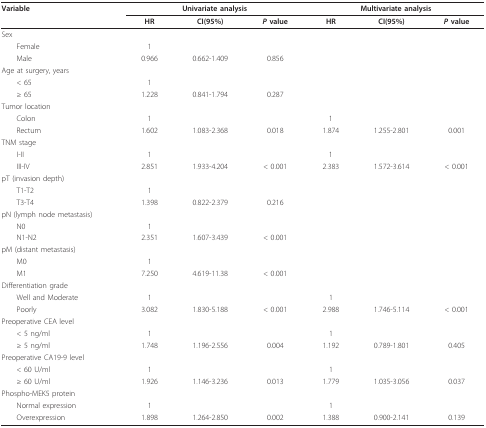
<table><thead><tr><td><b>Variable</b></td><td colspan="3"><b>Univariate analysis</b></td><td colspan="3"><b>Multivariate analysis</b></td></tr><tr><td></td><td><b>HR</b></td><td><b>CI(95%)</b></td><td><b><i>P </i>value</b></td><td><b>HR</b></td><td><b>CI(95%)</b></td><td><b><i>P </i>value</b></td></tr></thead><tbody><tr><td>Sex</td><td></td><td></td><td></td><td></td><td></td><td></td></tr><tr><td> Female</td><td>1</td><td></td><td></td><td></td><td></td><td></td></tr><tr><td> Male</td><td>0.966</td><td>0.662-1.409</td><td>0.856</td><td></td><td></td><td></td></tr><tr><td>Age at surgery, years</td><td></td><td></td><td></td><td></td><td></td><td></td></tr><tr><td> &lt; 65</td><td>1</td><td></td><td></td><td></td><td></td><td></td></tr><tr><td> ≥ 65</td><td>1.228</td><td>0.841-1.794</td><td>0.287</td><td></td><td></td><td></td></tr><tr><td>Tumor location</td><td></td><td></td><td></td><td></td><td></td><td></td></tr><tr><td> Colon</td><td>1</td><td></td><td></td><td>1</td><td></td><td></td></tr><tr><td> Rectum</td><td>1.602</td><td>1.083-2.368</td><td>0.018</td><td>1.874</td><td>1.255-2.801</td><td>0.001</td></tr><tr><td>TNM stage</td><td></td><td></td><td></td><td></td><td></td><td></td></tr><tr><td> I-II</td><td>1</td><td></td><td></td><td>1</td><td></td><td></td></tr><tr><td> III-IV</td><td>2.851</td><td>1.933-4.204</td><td>&lt; 0.001</td><td>2.383</td><td>1.572-3.614</td><td>&lt; 0.001</td></tr><tr><td>pT (invasion depth)</td><td></td><td></td><td></td><td></td><td></td><td></td></tr><tr><td> T1-T2</td><td>1</td><td></td><td></td><td></td><td></td><td></td></tr><tr><td> T3-T4</td><td>1.398</td><td>0.822-2.379</td><td>0.216</td><td></td><td></td><td></td></tr><tr><td>pN (lymph node metastasis)</td><td></td><td></td><td></td><td></td><td></td><td></td></tr><tr><td> N0</td><td>1</td><td></td><td></td><td></td><td></td><td></td></tr><tr><td> N1-N2</td><td>2.351</td><td>1.607-3.439</td><td>&lt; 0.001</td><td></td><td></td><td></td></tr><tr><td>pM (distant metastasis)</td><td></td><td></td><td></td><td></td><td></td><td></td></tr><tr><td> M0</td><td>1</td><td></td><td></td><td></td><td></td><td></td></tr><tr><td> M1</td><td>7.250</td><td>4.619-11.38</td><td>&lt; 0.001</td><td></td><td></td><td></td></tr><tr><td>Differentiation grade</td><td></td><td></td><td></td><td></td><td></td><td></td></tr><tr><td> Well and Moderate</td><td>1</td><td></td><td></td><td>1</td><td></td><td></td></tr><tr><td> Poorly</td><td>3.082</td><td>1.830-5.188</td><td>&lt; 0.001</td><td>2.988</td><td>1.746-5.114</td><td>&lt; 0.001</td></tr><tr><td>Preoperative CEA level</td><td></td><td></td><td></td><td></td><td></td><td></td></tr><tr><td> &lt; 5 ng/ml</td><td>1</td><td></td><td></td><td>1</td><td></td><td></td></tr><tr><td> ≥ 5 ng/ml</td><td>1.748</td><td>1.196-2.556</td><td>0.004</td><td>1.192</td><td>0.789-1.801</td><td>0.405</td></tr><tr><td>Preoperative CA19-9 level</td><td></td><td></td><td></td><td></td><td></td><td></td></tr><tr><td> &lt; 60 U/ml</td><td>1</td><td></td><td></td><td>1</td><td></td><td></td></tr><tr><td> ≥ 60 U/ml</td><td>1.926</td><td>1.146-3.236</td><td>0.013</td><td>1.779</td><td>1.035-3.056</td><td>0.037</td></tr><tr><td>Phospho-MEK5 protein</td><td></td><td></td><td></td><td></td><td></td><td></td></tr><tr><td> Normal expression</td><td>1</td><td></td><td></td><td>1</td><td></td><td></td></tr><tr><td> Overexpression</td><td>1.898</td><td>1.264-2.850</td><td>0.002</td><td>1.388</td><td>0.900-2.141</td><td>0.139</td></tr></tbody></table>